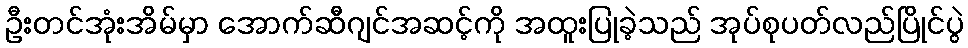
ဦးတင်အုံးအိမ်မှာ အောက်ဆီဂျင်အဆင့်ကို အထူးပြုခဲ့သည် အုပ်စုပတ်လည်ပြိုင်ပွဲ